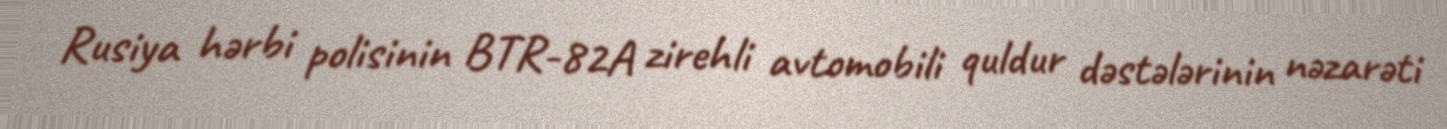
Rusiya hərbi polisinin BTR-82A zirehli avtomobili quldur dəstələrinin nəzarəti